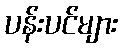
ပန်းပင်များ